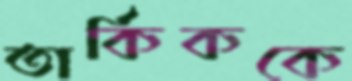
তার্কিককে